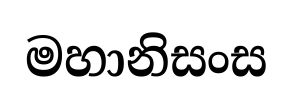
මහානිසංස